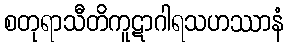
စတုရာသီတိကူဋာဂါရသဟဿာနံ